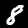
Label: 8